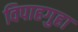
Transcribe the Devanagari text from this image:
विपाहगुहा